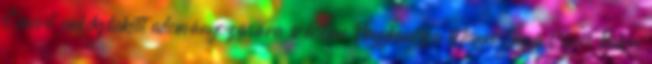
Címere” emlékplakett adományozására írásban Nagykanizsa Megyei Jogú Város Baksa